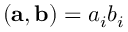
( { \bf a } , { \bf b } ) = a _ { i } b _ { i }